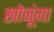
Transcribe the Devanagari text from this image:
खोजूंगा